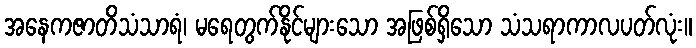
အနေကဇာတိသံသာရံ၊ မရေတွက်နိုင်များသော အဖြစ်ရှိသော သံသရာကာလပတ်လုံး။